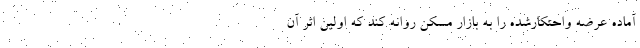
آماده عرضه واحتکارشده را به بازار مسکن روانه کند که اولین اثر آن